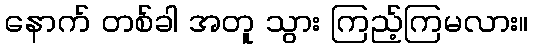
နောက် တစ်ခါ အတူ သွား ကြည့်ကြမလား။